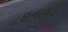
ઇનાયત